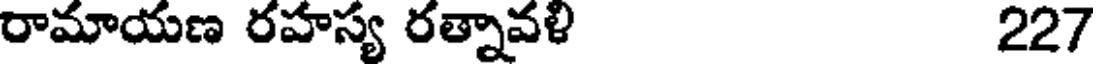
రామాయణ రహస్య రత్నావళి 227